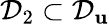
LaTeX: \mathcal{D}_{2}\subset\mathcal{D}_{\mathbf{u}}